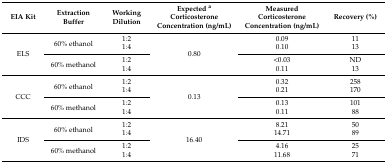
<table><thead><tr><td><b>EIA Kit</b></td><td><b>Extraction Buffer</b></td><td><b>Working Dilution</b></td><td><b>Expected <sup>a</sup> Corticosterone Concentration (ng/mL)</b></td><td><b>Measured Corticosterone Concentration (ng/mL)</b></td><td><b>Recovery (%)</b></td></tr></thead><tbody><tr><td rowspan="4">ELS</td><td rowspan="2">60% ethanol</td><td>1:2</td><td rowspan="4">0.80</td><td>0.09</td><td>11</td></tr><tr><td>1:4</td><td>0.10</td><td>13</td></tr><tr><td rowspan="2">60% methanol</td><td>1:2</td><td>&lt;0.03</td><td>ND</td></tr><tr><td>1:4</td><td>0.11</td><td>13</td></tr><tr><td rowspan="4">CCC</td><td rowspan="2">60% ethanol</td><td>1:2</td><td rowspan="4">0.13</td><td>0.32</td><td>258</td></tr><tr><td>1:4</td><td>0.21</td><td>170</td></tr><tr><td rowspan="2">60% methanol</td><td>1:2</td><td>0.13</td><td>101</td></tr><tr><td>1:4</td><td>0.11</td><td>88</td></tr><tr><td rowspan="4">IDS</td><td rowspan="2">60% ethanol</td><td>1:2</td><td rowspan="4">16.40</td><td>8.21</td><td>50</td></tr><tr><td>1:4</td><td>14.71</td><td>89</td></tr><tr><td rowspan="2">60% methanol</td><td>1:2</td><td>4.16</td><td>25</td></tr><tr><td>1:4</td><td>11.68</td><td>71</td></tr></tbody></table>